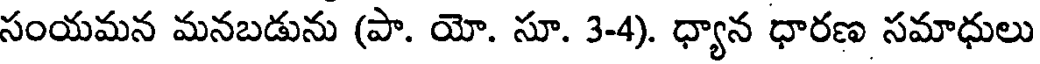
సంయమన మనబడును (పా. యో. సూ. 3-4). ధ్యాన ధారణ సమాధులు